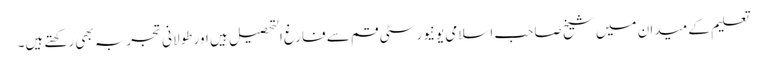
تعلیم کے میدان میں شیخ صاحب اسلامی یونیورسٹی قم سے فارغ التحصیل ہیں اور طولانی تجربہ بھی رکھتے ہیں۔